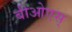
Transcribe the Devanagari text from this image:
बीओएस्